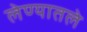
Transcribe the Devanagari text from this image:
लेण्यातले